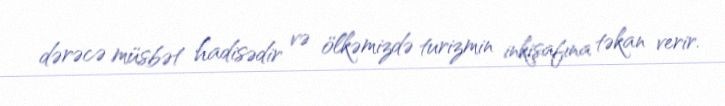
dərəcə müsbət hadisədir və ölkəmizdə turizmin inkişafına təkan verir.